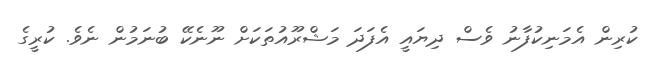
ކުރިން އެމަނިކުފާނު ވެސް ދިޔައީ އެފަދަ މަޝްރޫއުތަކަށް ނޫނެކޭ ބުނަމުން ނެވެ. ކުރީގެ